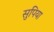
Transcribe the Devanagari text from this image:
सुपिया